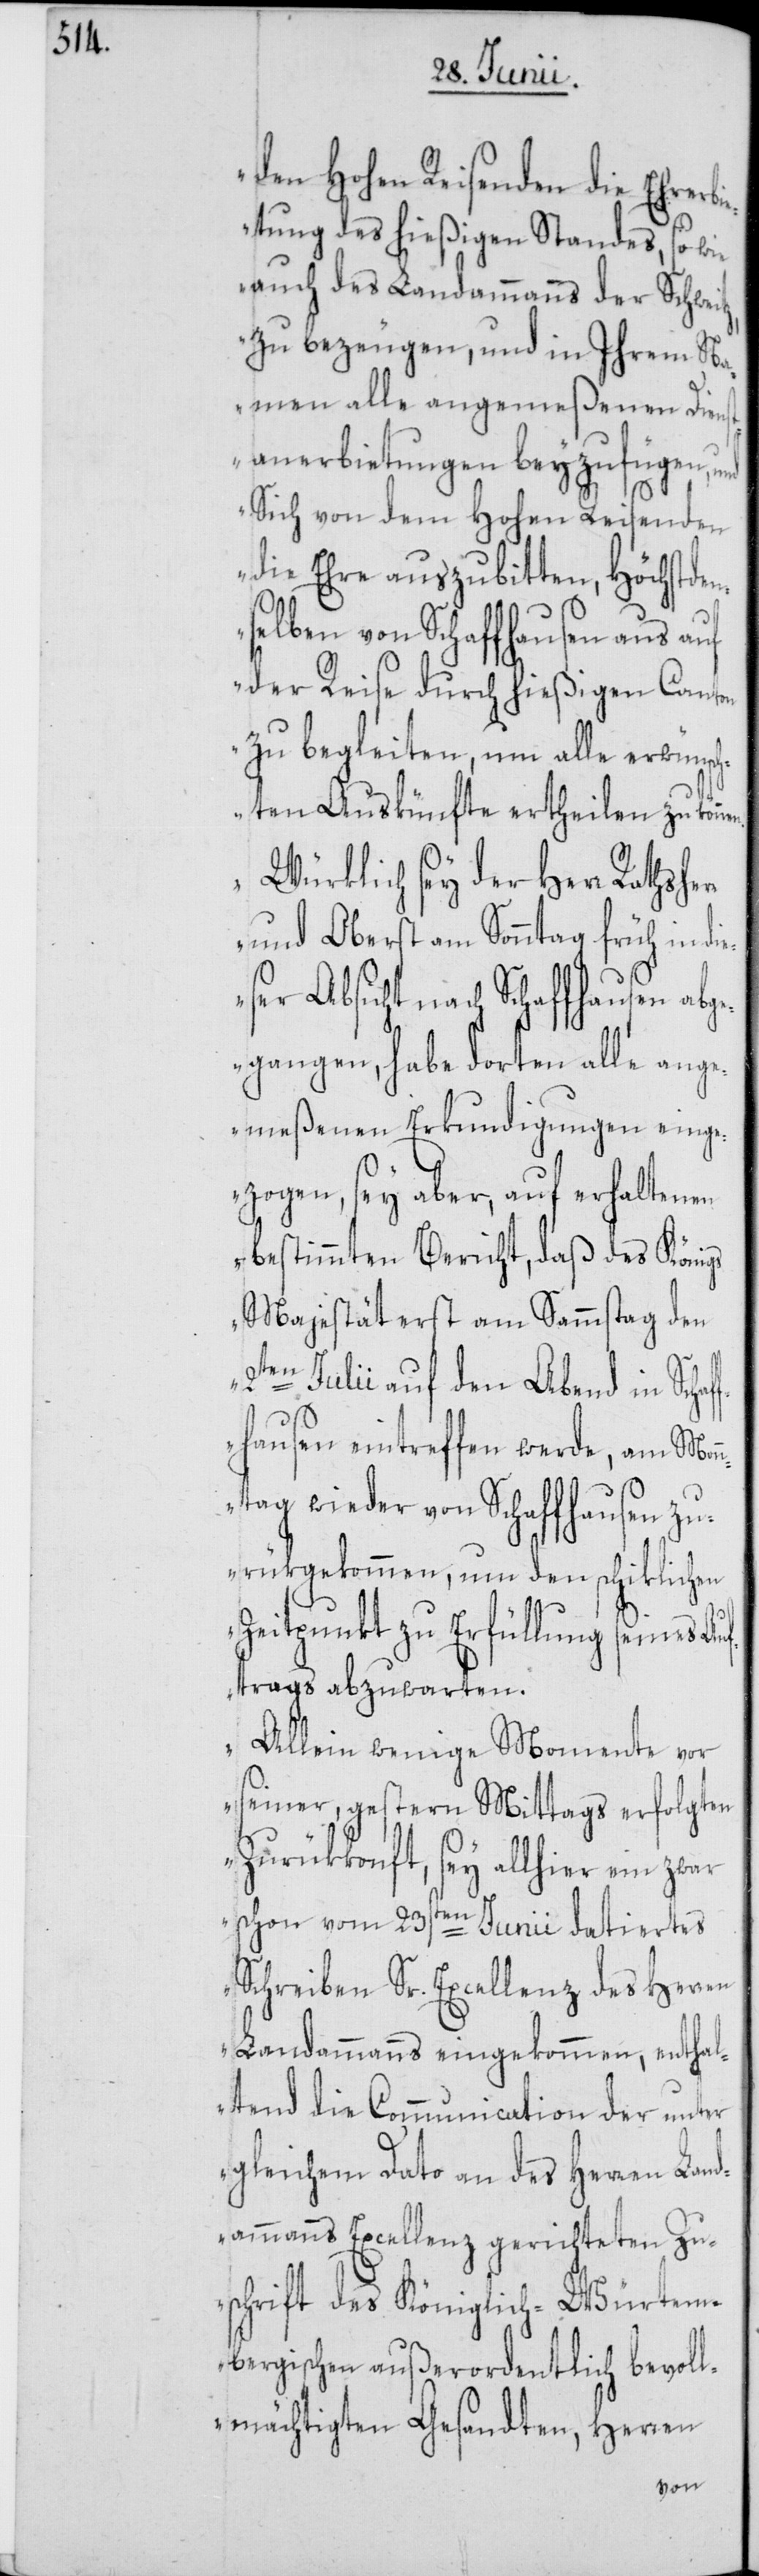
rr

den Hohen Reisenden die Ehrerbi¬
etung des hießigen Standes, so wie
auch des Landammanns der Schweitz,
zu bezeugen, und in Ihrem Na¬
men alle angemeßenen Diens¬
tanerbietungen beyzufügen, und
Sich von dem Hohen Reisenden
die Ehre auszubitten, Höchstdem¬
selben von Schaffhausen aus auf
der Reise durch hießigen Canton
zu begleiten, um alle erwünsc¬
hten Auskünfte ertheilen zu kön¬
Würklich sey der Herr Rathshe¬
und Oberst am Sonntag früh in di¬
eser Absicht nach Schaffhausen abg¬
egangen, habe dorten alle ange¬
meßenen Erkundigungen einge¬
zogen, sey aber, auf erhaltenen
bestimmten Bericht, daß des Königs
Majestät erst am Sammstag den
2ten Julii auf den Abend in Schaf¬
fhausen eintreffen werde, am Mon¬
ntag wieder von Schaffhausen zu¬
rükgekommen, um den schiklichen
Zeitpunkt zu Erfüllung seines Au¬
ftrags abzuwarten.
Allein wenige Momente vor
seiner, gestern Mittags erfolgten
Zurükkonft, sey allhier ein zwar
schon vom 23sten Junii datiertes
Schreiben Sr. Excellenz des Herren
Landammanns eingekommen, enthal¬
tend die Communication der unter
gleichem Dato an des Herren Land¬
ammanns Excellenz gerichteten Zu¬
schrift des Königlich-Würtem¬
bergischen außerordentlich bevoll¬
mächtigten Gesandten, Herren